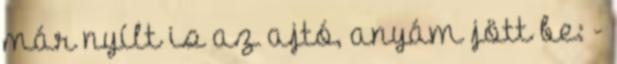
már nyílt is az ajtó, anyám jött be: -